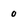
Character: 0